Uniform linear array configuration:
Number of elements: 12
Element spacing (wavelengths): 0.25
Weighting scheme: hamming
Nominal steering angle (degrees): -15
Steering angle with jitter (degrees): -13.745
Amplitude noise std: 0.05
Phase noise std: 0.05

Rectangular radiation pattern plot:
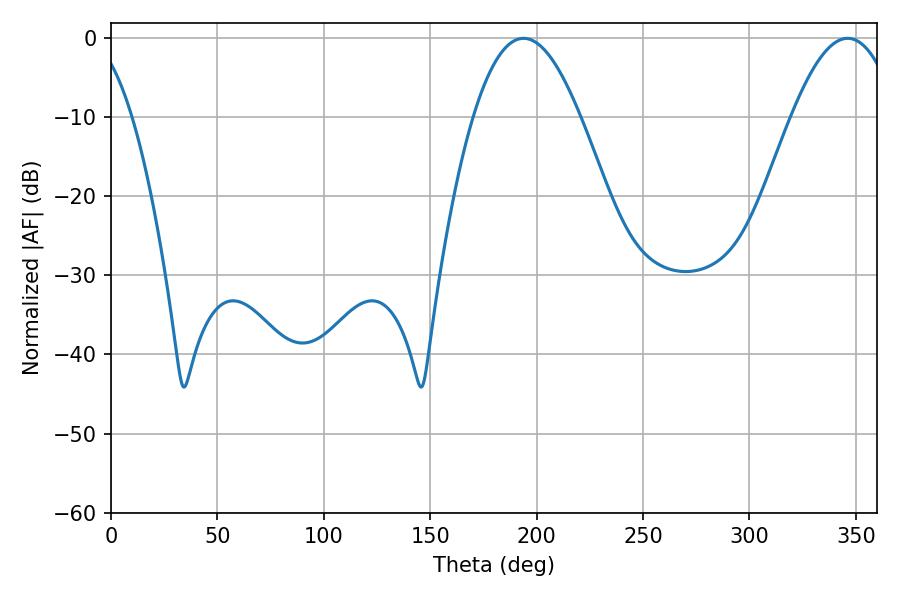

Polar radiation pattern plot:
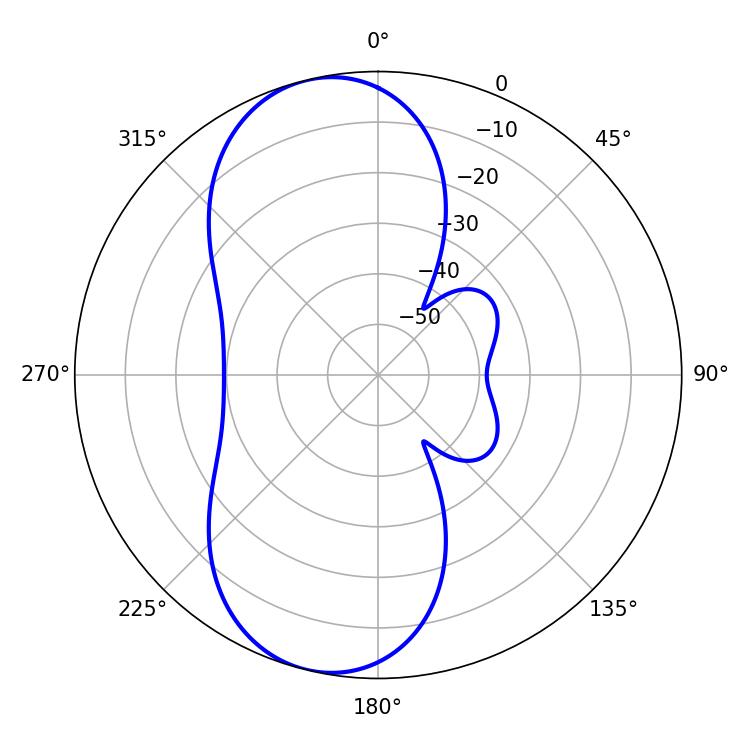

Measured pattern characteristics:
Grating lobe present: FALSE
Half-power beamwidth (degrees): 27.54
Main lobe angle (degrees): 193.86